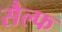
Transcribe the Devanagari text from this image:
सैल्फ